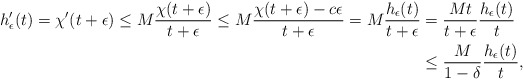
\begin{align*} h_{\epsilon}'(t)=\chi'(t+\epsilon)\leq M\dfrac{\chi (t+\epsilon)}{t+\epsilon} \leq M\dfrac{\chi(t+\epsilon)-c\epsilon}{t+\epsilon} =M\dfrac{h_{\epsilon}(t)}{t+\epsilon} &=\dfrac{M t}{t+\epsilon}\dfrac{h_{\epsilon}(t)}{t}\\ &\leq \dfrac{M }{1-\delta}\dfrac{h_{\epsilon}(t)}{t}, \end{align*}